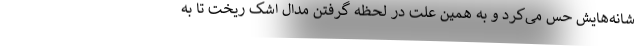
شانه‌هایش حس می‌کرد و به همین علت در لحظه گرفتن مدال اشک ریخت تا به